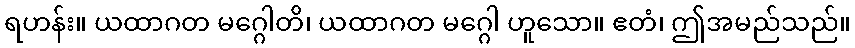
ရဟန်း။ ယထာဂတ မဂ္ဂေါတိ၊ ယထာဂတ မဂ္ဂေါ ဟူသော။ ဧတံ၊ ဤအမည်သည်။